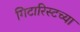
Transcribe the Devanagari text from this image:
गिटारिस्टच्या